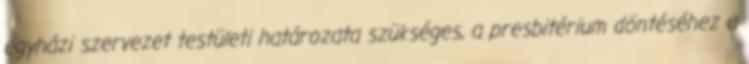
egyházi szervezet testületi határozata szükséges, a presbitérium döntéséhez a